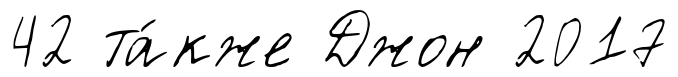
42 та́кже Джон 2017